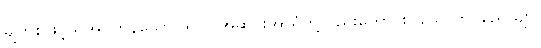
မျက်စိဖြင့်သိအပ်ကုန်သော။ ရူပါ၊ အဆင်းအာရုံတို့လည်းကောင်း။ သောတဝိညေယျာ၊